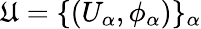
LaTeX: {\mathfrak{U}}=\{ (U_{\alpha},\phi_{\alpha})\} _{\alpha}